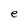
Character: e